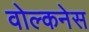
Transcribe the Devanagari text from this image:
वोल्कनेस